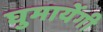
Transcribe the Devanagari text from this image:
घुमायेंगी